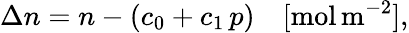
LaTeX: \Delta n=n-\left(c_{0}+c_{1}\, p\right)\quad[\mathrm{mol}\, \mathrm{m}^{-2}],